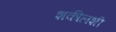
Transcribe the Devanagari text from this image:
शकीलशी